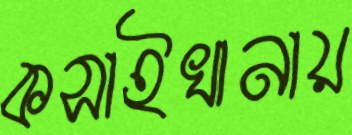
কসাইখানায়